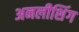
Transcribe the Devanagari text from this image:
अनलीशिंग